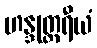
ဟန္ဒုတ္တရီယံ